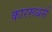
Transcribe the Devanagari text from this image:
काररूथर्स